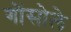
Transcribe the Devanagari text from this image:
गोंसोले